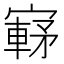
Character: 𫴀